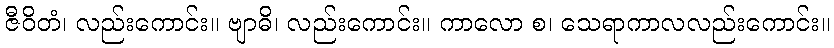
ဇီဝိတံ၊ လည်းကောင်း။ ဗျာဓိ၊ လည်းကောင်း။ ကာလော စ၊ သေရာကာလလည်းကောင်း။